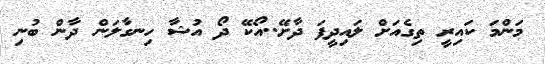
މަންމަ ކައިރީ ތިގެއަށް ލައިދީފަ ދާާށޭ..އޯކޭ ދޯ އުޝާ ހިނގާލަން ދާން ބުނި